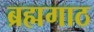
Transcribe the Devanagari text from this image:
ब्रह्मगाठ